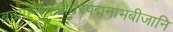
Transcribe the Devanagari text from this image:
ब्रह्माह्नयश्रीधरपद्मनाभबीजानि